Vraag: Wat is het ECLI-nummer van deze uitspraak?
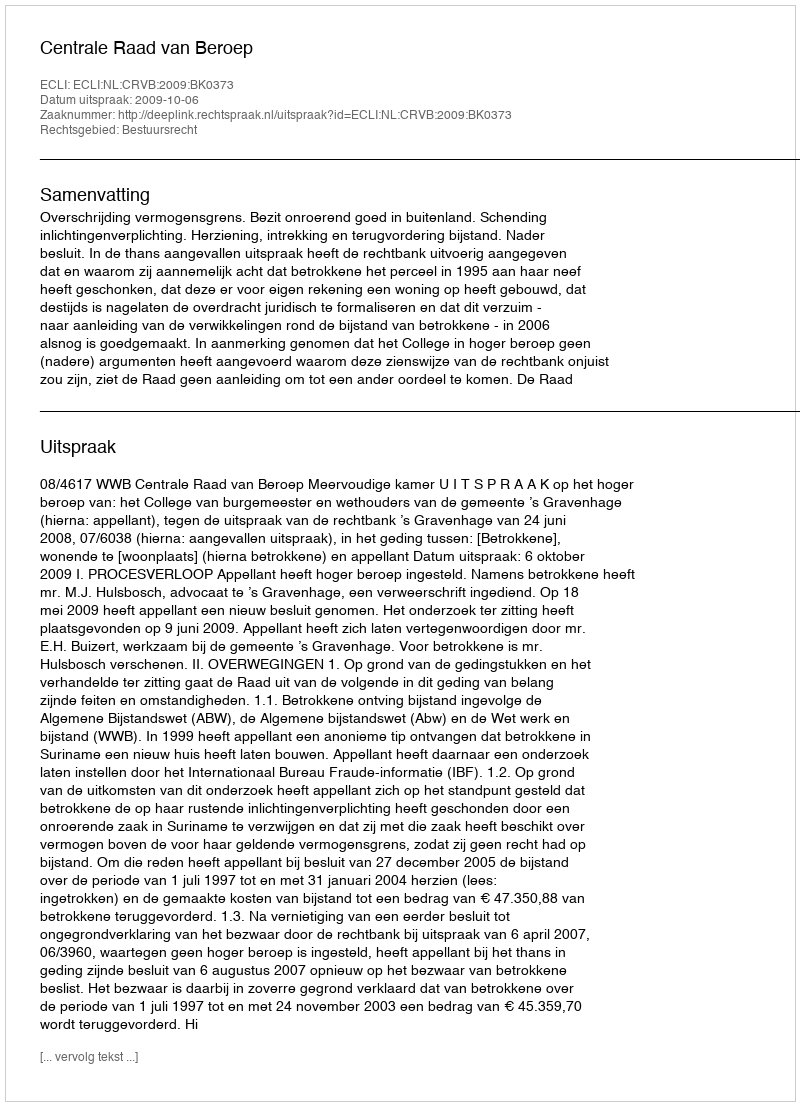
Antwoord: ECLI:NL:CRVB:2009:BK0373